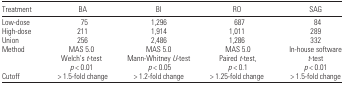
<table><thead><tr><td><b>Treatment</b></td><td><b>BA</b></td><td><b>BI</b></td><td><b>RO</b></td><td><b>SAG</b></td></tr></thead><tbody><tr><td>Low-dose</td><td>75</td><td>1,296</td><td>687</td><td>84</td></tr><tr><td>High-dose</td><td>211</td><td>1,914</td><td>1,011</td><td>289</td></tr><tr><td>Union</td><td>256</td><td>2,486</td><td>1,286</td><td>332</td></tr><tr><td>Method</td><td>MAS 5.0Welch’s <i>t</i>-test<i>p</i> &lt; 0.01</td><td>MAS 5.0Mann-Whitney <i>U</i>-test<i>p</i> &lt; 0.05</td><td>MAS 5.0Paired <i>t</i>-test,<i>p</i> &lt; 0.1</td><td>In-house software<i>t</i>-test<i>p</i> &lt; 0.01</td></tr><tr><td>Cutoff</td><td>&gt; 1.5-fold change</td><td>&gt; 1.2-fold change</td><td>&gt; 1.25-fold change</td><td>&gt; 1.5-fold change</td></tr></tbody></table>